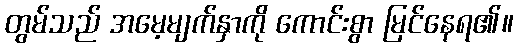
တွမ်သည် အမေ့မျက်နှာကို ကောင်းစွာ မြင်နေရ၏။